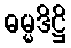
ဓမ္မဒိဋ္ဌိ